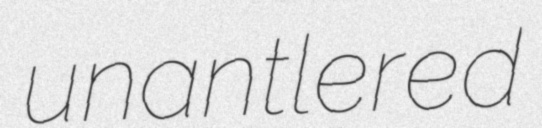
unantlered